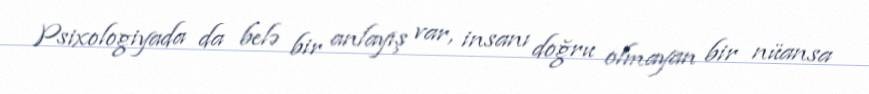
Psixologiyada da belə bir anlayış var, insanı doğru olmayan bir nüansa